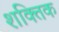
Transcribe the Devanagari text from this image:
शक्तिक